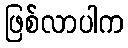
ဖြစ်လာပါက